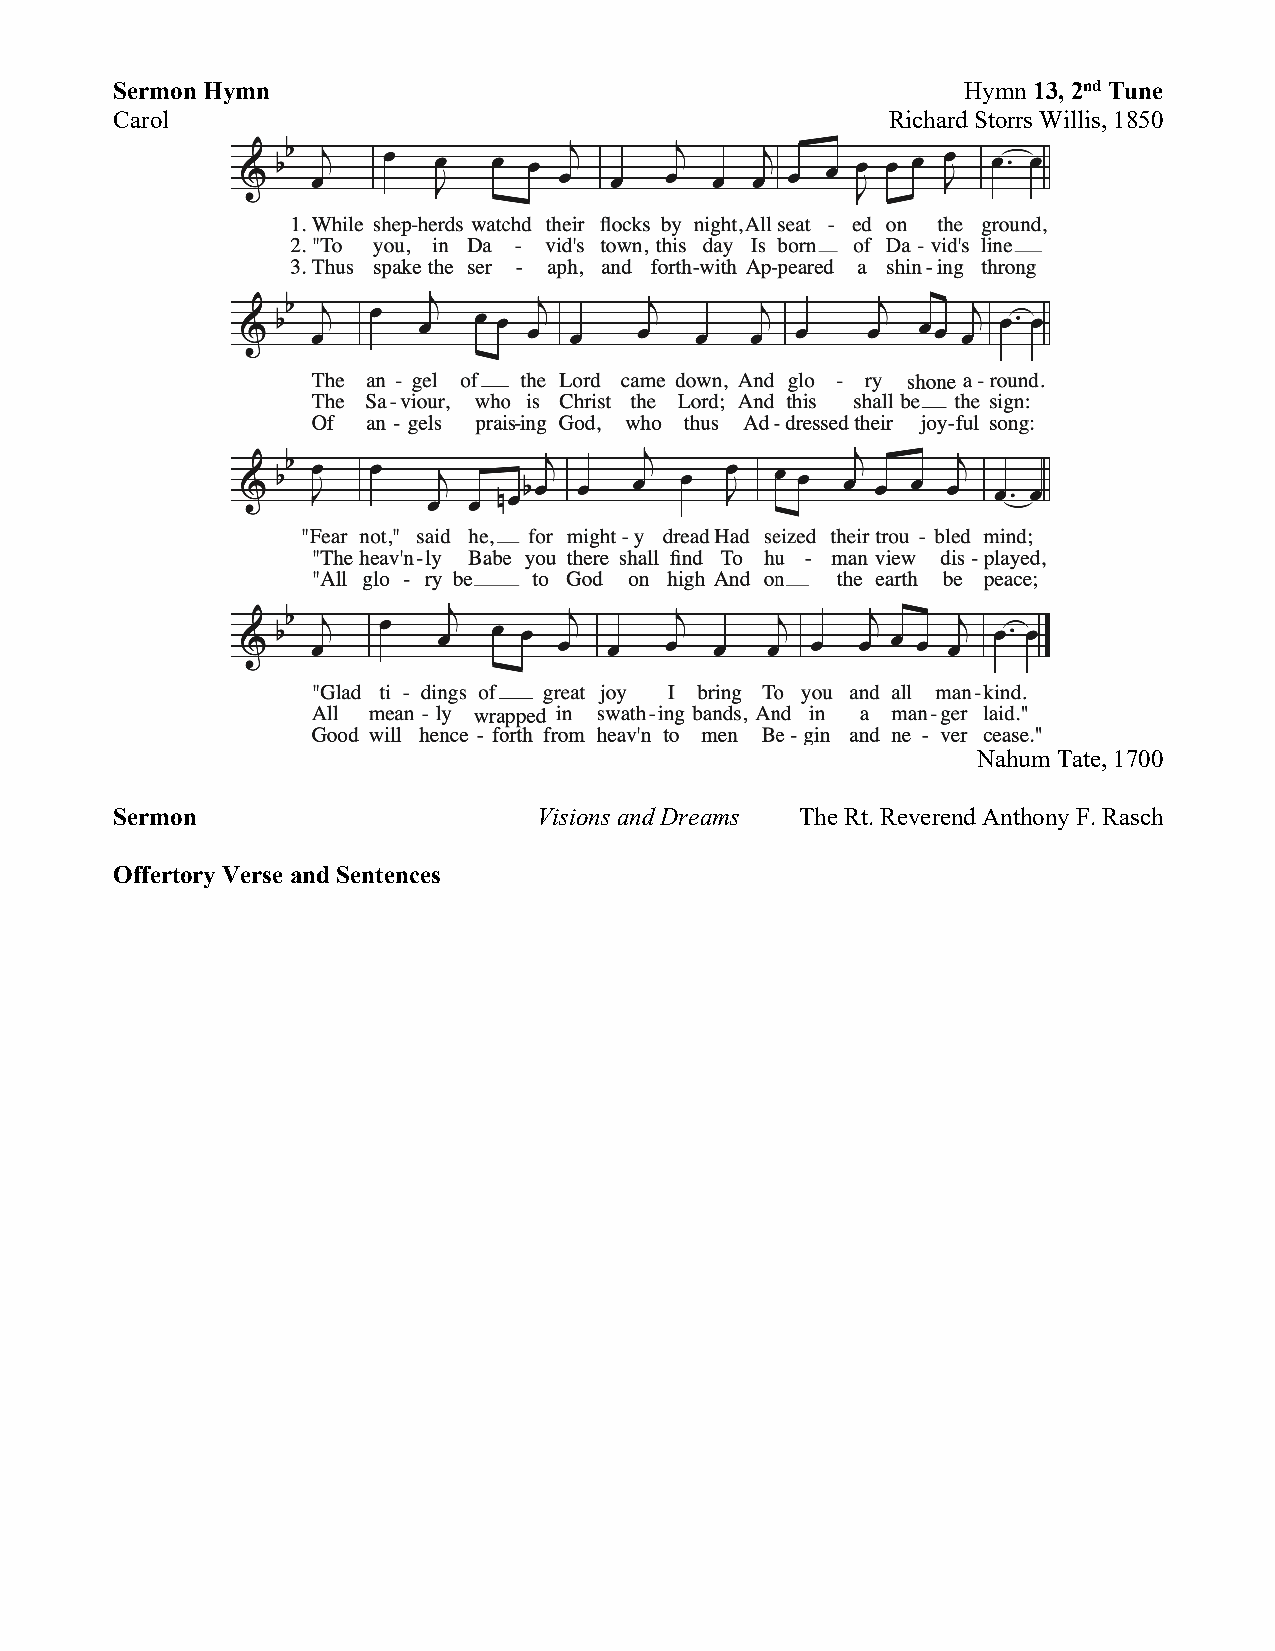
Sermon Hymn                                             Hymn 13, 2nd Tune
 Carol                                              Richard Storrs Willis, 1850
 Nahum Tate, 1700
 Sermon                      Visions and Dreams The Rt. Reverend Anthony F. Rasch
 Offertory Verse and Sentences